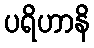
ပရိဟာနိ